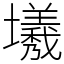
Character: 㙿